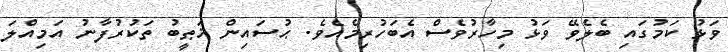
ވަޅު ކަމުގައި ބެލެވޭ ވަޅު މިހާރުވެސް އެބަހުރިމެއެވެ. ޙުސައިން ޚަޠީބު ތަކުރުފާނު އަމިއްލަ